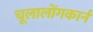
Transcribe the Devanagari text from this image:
चूलालोंगकार्न